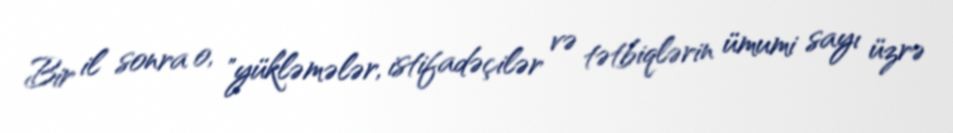
Bir il sonra o, "yükləmələr, istifadəçilər və tətbiqlərin ümumi sayı üzrə